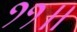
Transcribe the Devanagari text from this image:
११॥